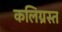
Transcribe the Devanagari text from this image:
कलिग्रस्त